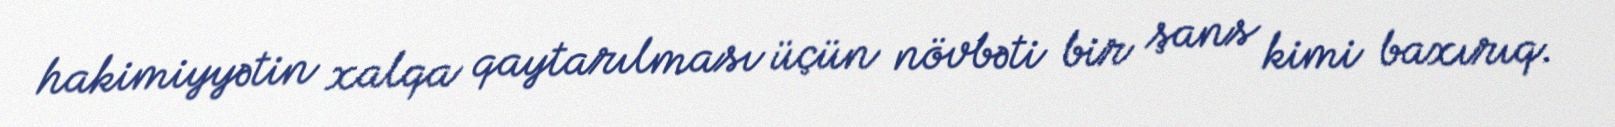
hakimiyyətin xalqa qaytarılması üçün növbəti bir şans kimi baxırıq.